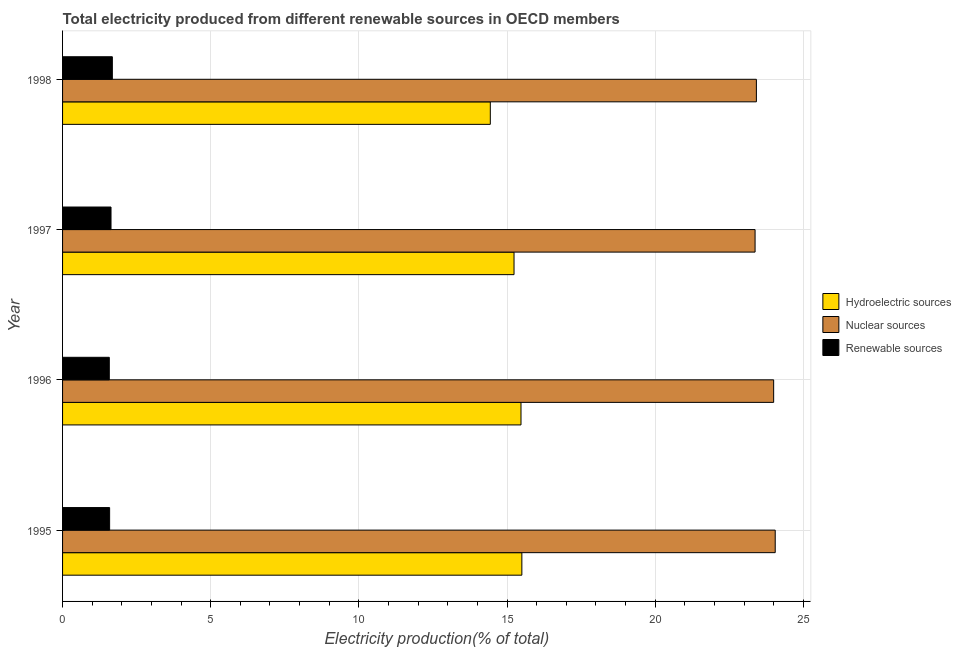
| Year | Hydroelectric sources | Nuclear sources | Renewable sources |
 | --- | --- | --- | --- |
 | 1995 | 15.5 | 24.1 | 1.59 |
 | 1996 | 15.5 | 24 | 1.58 |
 | 1997 | 15.2 | 23.4 | 1.64 |
 | 1998 | 14.4 | 23.4 | 1.68 |